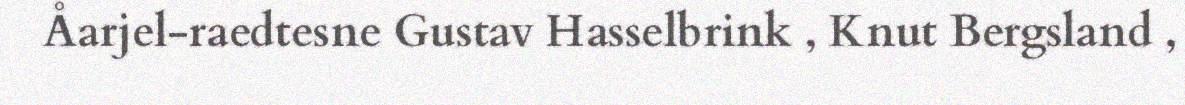
Åarjel-raedtesne Gustav Hasselbrink , Knut Bergsland ,